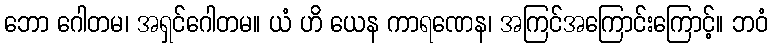
ဘော ဂေါတမ၊ အရှင်ဂေါတမ။ ယံ ဟိ ယေန ကာရဏေန၊ အကြင်အကြောင်းကြောင့်။ ဘဝံ